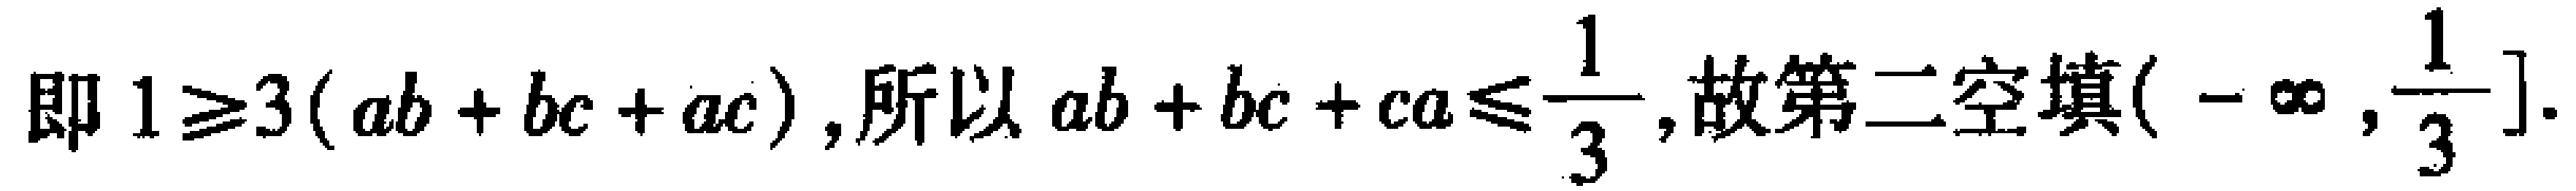
即 \(1\geq3(ab + bc + ac)\),所以 \(ab + bc + ca\leq\frac{1}{3}\),故第二空填\((-\infty,\frac{1}{3}]\).